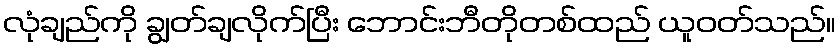
လုံချည်ကို ချွတ်ချလိုက်ပြီး ဘောင်းဘီတိုတစ်ထည် ယူဝတ်သည်။